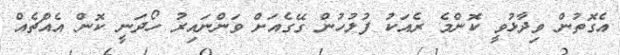
އެގޮތުން ވިދާޅުވީ ކޮންމެ ރެއަކު ފުލުހުން ގޭގެއަށް ވަންނައިރު ހޯދަނީ ކޮން އެއްޗެއް